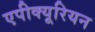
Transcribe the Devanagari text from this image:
एपीक्यूरियन